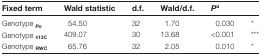
<table><thead><tr><td><b>Fixed term</b></td><td><b>Wald statistic</b></td><td><b>d.f.</b></td><td><b>Wald/d.f.</b></td><td><b><i>P</i><sup>a</sup></b></td><td></td></tr></thead><tbody><tr><td>Genotype <sub><b><i>Pn</i></b></sub></td><td>54.50</td><td>32</td><td>1.70</td><td>0.030</td><td>*</td></tr><tr><td>Genotype <sub><b>δ13C</b></sub></td><td>409.07</td><td>30</td><td>13.68</td><td>&lt;0.001</td><td>***</td></tr><tr><td>Genotype <sub><b>RWC</b></sub></td><td>65.76</td><td>32</td><td>2.05</td><td>0.010</td><td>*</td></tr></tbody></table>